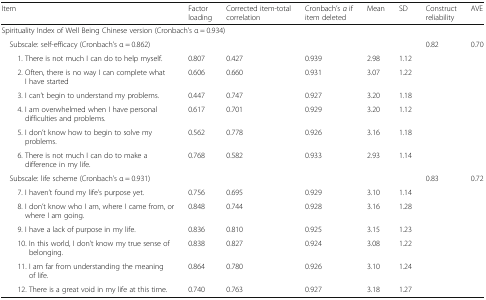
<table><thead><tr><td><b>Item</b></td><td><b>Factor loading</b></td><td><b>Corrected item-total correlation</b></td><td><b>Cronbach’s <i>α</i> if item deleted</b></td><td><b>Mean</b></td><td><b>SD</b></td><td><b>Construct reliability</b></td><td><b>AVE</b></td></tr></thead><tbody><tr><td colspan="8">Spirituality Index of Well Being Chinese version (Cronbach’s α = 0.934)</td></tr><tr><td> Subscale: self-efficacy (Cronbach’s α = 0.862)</td><td></td><td></td><td></td><td></td><td></td><td>0.82</td><td>0.70</td></tr><tr><td>1. There is not much I can do to help myself.</td><td>0.807</td><td>0.427</td><td>0.939</td><td>2.98</td><td>1.12</td><td></td><td></td></tr><tr><td>2. Often, there is no way I can complete what I have started</td><td>0.606</td><td>0.660</td><td>0.931</td><td>3.07</td><td>1.22</td><td></td><td></td></tr><tr><td>3. I can’t begin to understand my problems.</td><td>0.447</td><td>0.747</td><td>0.927</td><td>3.20</td><td>1.18</td><td></td><td></td></tr><tr><td>4. I am overwhelmed when I have personal difficulties and problems.</td><td>0.617</td><td>0.701</td><td>0.929</td><td>3.20</td><td>1.12</td><td></td><td></td></tr><tr><td>5. I don’t know how to begin to solve my problems.</td><td>0.562</td><td>0.778</td><td>0.926</td><td>3.16</td><td>1.18</td><td></td><td></td></tr><tr><td>6. There is not much I can do to make a difference in my life.</td><td>0.768</td><td>0.582</td><td>0.933</td><td>2.93</td><td>1.14</td><td></td><td></td></tr><tr><td> Subscale: life scheme (Cronbach’s α = 0.931)</td><td></td><td></td><td></td><td></td><td></td><td>0.83</td><td>0.72</td></tr><tr><td>7. I haven’t found my life’s purpose yet.</td><td>0.756</td><td>0.695</td><td>0.929</td><td>3.10</td><td>1.14</td><td></td><td></td></tr><tr><td>8. I don’t know who I am, where I came from, or where I am going.</td><td>0.848</td><td>0.744</td><td>0.928</td><td>3.16</td><td>1.28</td><td></td><td></td></tr><tr><td>9. I have a lack of purpose in my life.</td><td>0.836</td><td>0.810</td><td>0.925</td><td>3.15</td><td>1.23</td><td></td><td></td></tr><tr><td>10. In this world, I don’t know my true sense of belonging.</td><td>0.838</td><td>0.827</td><td>0.924</td><td>3.08</td><td>1.22</td><td></td><td></td></tr><tr><td>11. I am far from understanding the meaning of life.</td><td>0.864</td><td>0.780</td><td>0.926</td><td>3.10</td><td>1.24</td><td></td><td></td></tr><tr><td>12. There is a great void in my life at this time.</td><td>0.740</td><td>0.763</td><td>0.927</td><td>3.18</td><td>1.27</td><td></td><td></td></tr></tbody></table>